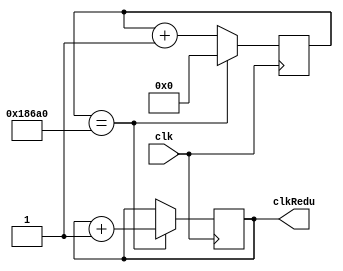
`timescale 1ns / 1ps
//////////////////////////////////////////////////////////////////////////////////
// Company: 
// Engineer: 
// 
// Design Name: 
// Module Name:    clkDisplay 
// Project Name: 
// Target Devices: 
// Tool versions: 
// Description: 
//
// Dependencies: 
//
// Revision: 
// Revision 0.01 - File Created
// Additional Comments: 
//
//////////////////////////////////////////////////////////////////////////////////
module clkDisplay(
    input clk,
    output reg clkRedu = 0
    );
reg [16:0] counter = 0;

always @(posedge clk)
   begin
		
		if (counter == 100_000 )
			begin
			counter = 0;
			clkRedu=clkRedu+1;
			end
		else
			begin
			counter=counter+1;
			end
	end


endmodule